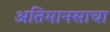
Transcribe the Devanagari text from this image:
अतिमानसाचा